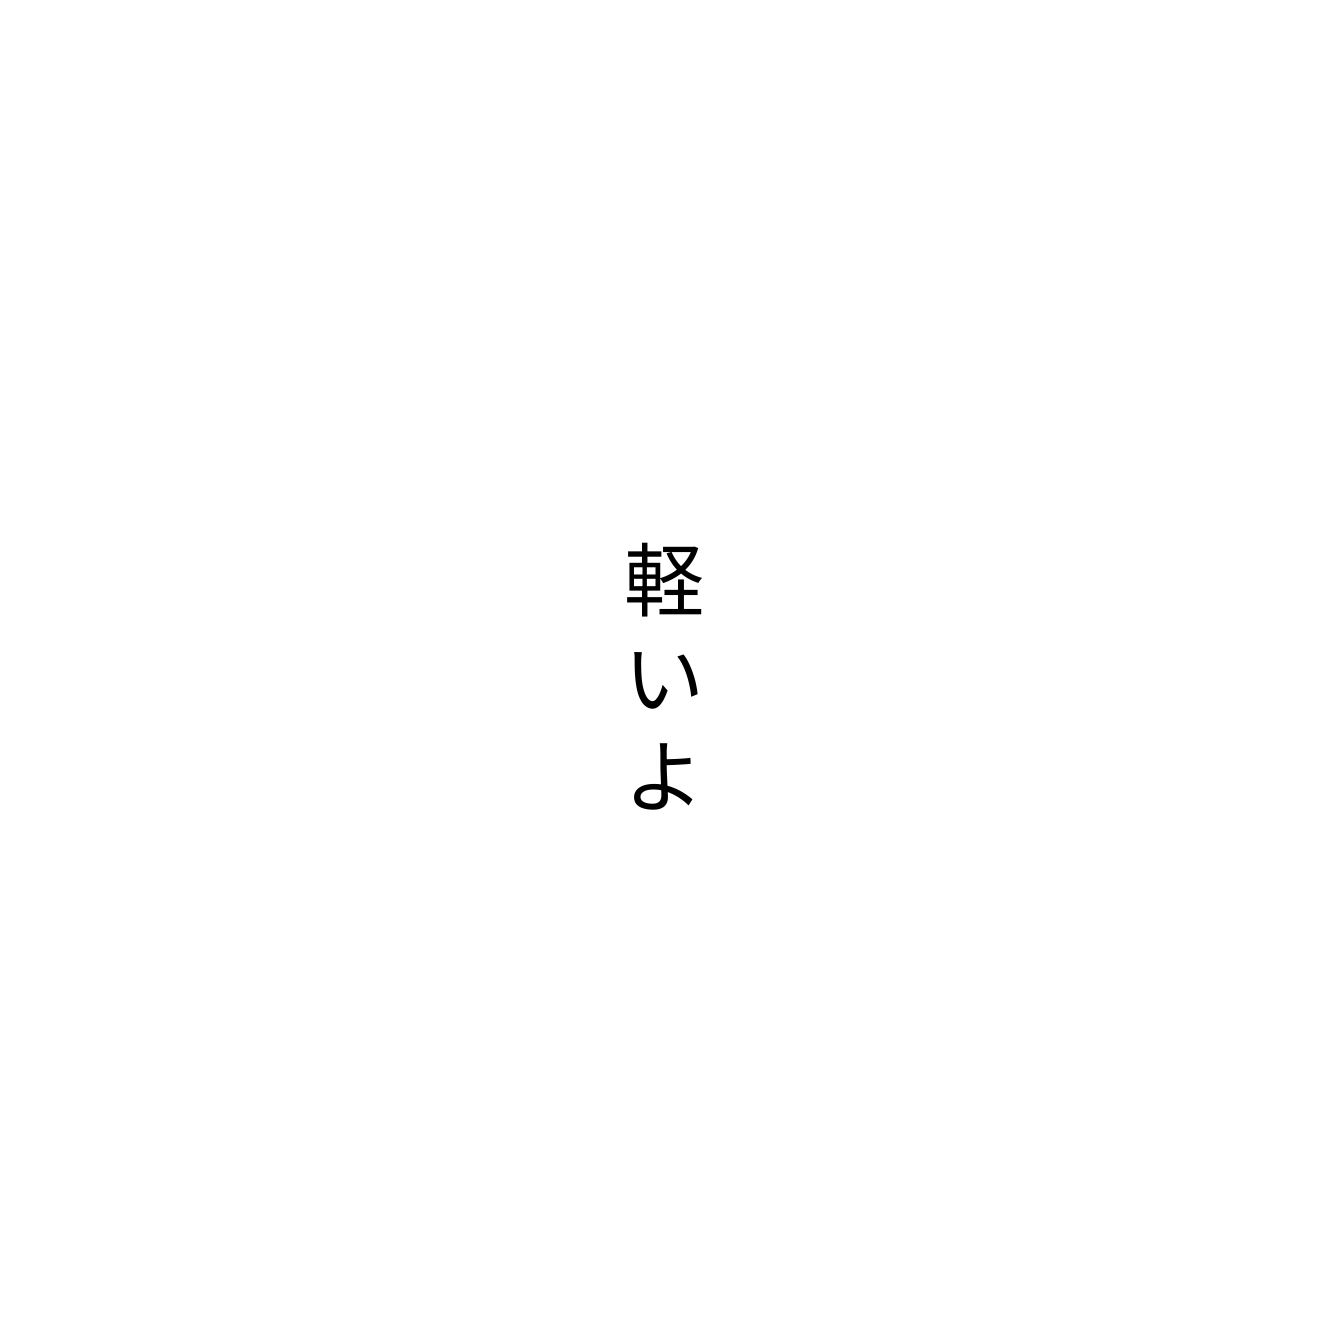
軽いよ